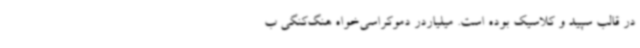
در قالب سپید و کلاسیک بوده است. میلیاردر دموکراسی‌خواه هنگ‌کنگی ب